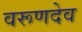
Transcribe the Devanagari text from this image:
वरूणदेव